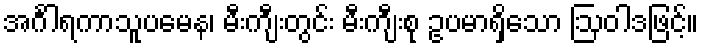
အင်္ဂါရကာသူပမေန၊ မီးကျီးတွင်း မီးကျီးစု ဥပမာရှိသော ဩဝါဒဖြင့်။